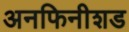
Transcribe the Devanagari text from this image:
अनफिनीशड